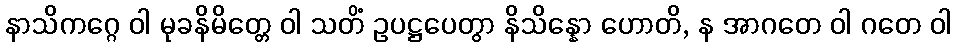
နာသိကဂ္ဂေ ဝါ မုခနိမိတ္တေ ဝါ သတိံ ဥပဋ္ဌပေတွာ နိသိန္နော ဟောတိ, န အာဂတေ ဝါ ဂတေ ဝါ